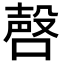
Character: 𪡹